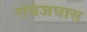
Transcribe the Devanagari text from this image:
गंधेजघास